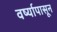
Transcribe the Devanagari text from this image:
वर्ष्यापासून